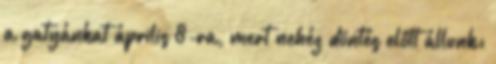
a gatyánkat április 8-ra, mert nehéz döntés előtt állunk: